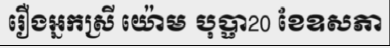
រឿងអ្នកស្រី យ៉ោម បុប្ផា20 ខែឧសភា